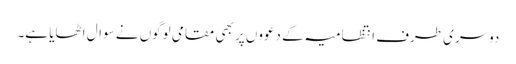
دوسری طرف انتظامیہ کے دعووں پر بھی مقامی لوگوں نے سوال اٹھایا ہے۔